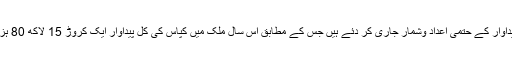
دریں اثنا پاکستان کاٹن جننگ ایسوسی ایشن نے یکم مئی کو فصل کی پیداوار کے حتمی اعداد وشمار جاری کر دئے ہیں جس کے مطابق اس سال ملک میں کپاس کی کل پیداوار ایک کروڑ 15 لاکھ 80 ہزار گانٹھوں کی ہوئی جو گزشتہ سال کی پیداوار سے 8 فیصد زیادہ ہے۔